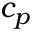
c _ { p }